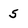
Character: 5